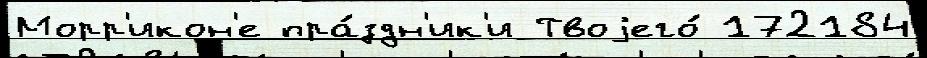
Морр'икон'е пра́здн'ик'и Твоjего́ 172184